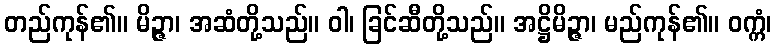
တည်ကုန်၏။ မိဉ္ဇာ၊ အဆံတို့သည်။ ဝါ၊ ခြင်ဆီတို့သည်။ အဋ္ဌိမိဉ္ဇာ၊ မည်ကုန်၏။ ဝက္ကံ၊